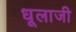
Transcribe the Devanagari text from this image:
धूलाजी